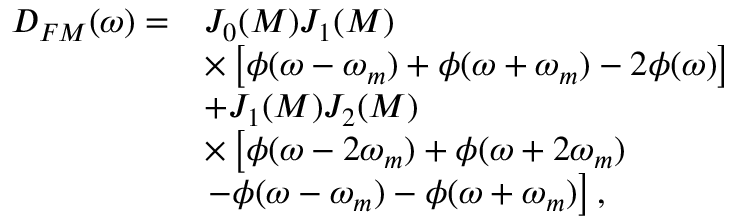
\begin{array} { r l } { D _ { F M } ( \omega ) = } & { J _ { 0 } ( M ) J _ { 1 } ( M ) } \\ & { \times \left[ \phi ( \omega - \omega _ { m } ) + \phi ( \omega + \omega _ { m } ) - 2 \phi ( \omega ) \right] } \\ & { + J _ { 1 } ( M ) J _ { 2 } ( M ) } \\ & { \times \left[ \phi ( \omega - 2 \omega _ { m } ) + \phi ( \omega + 2 \omega _ { m } ) \right. } \\ & { \left. - \phi ( \omega - \omega _ { m } ) - \phi ( \omega + \omega _ { m } ) \right] , } \end{array}